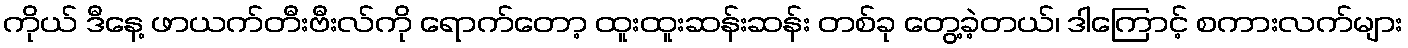
ကိုယ် ဒီနေ့ ဖာယက်တီးဗီးလ်ကို ရောက်တော့ ထူးထူးဆန်းဆန်း တစ်ခု တွေ့ခဲ့တယ်၊ ဒါကြောင့် စကားလက်များ